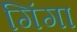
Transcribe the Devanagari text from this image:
गिंगा